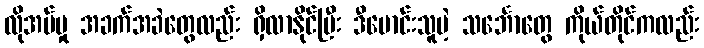
လိုအပ်မှု အခက်အခဲတွေလည်း ရှိလာနိုင်ပြီး ဒီမောင်းသူမဲ့ သင်္ဘောတွေ ကိုယ်တိုင်ကလည်း